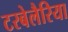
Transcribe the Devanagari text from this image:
टरबेलैरिया